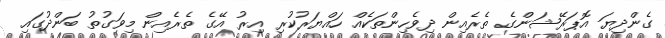
ގެންދިޔަ އޮޕަރޭޝަންގެ ތެރެއިން ދިވެހިންތަކެއް ހައްޔަރުކުރި އިރު އޭގެ ތެރެއިން މިވަގުތު ބަންދުގައި